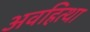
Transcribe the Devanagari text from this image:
अवहित्था